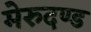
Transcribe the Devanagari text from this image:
मेरुदण्‍ड